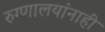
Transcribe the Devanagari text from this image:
रुग्णालयांनाही